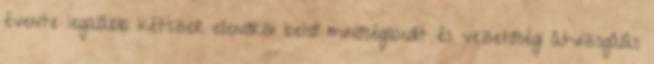
évente legalább kétszer ellenőrzi belső minőségaudit és vezetőségi átvizsgálás